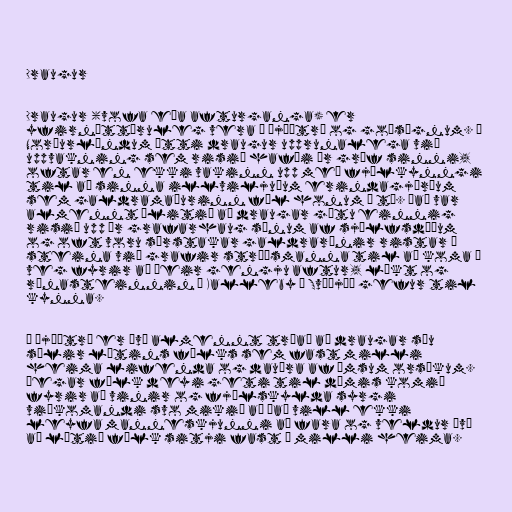
Draugur

Draugur (vofa eða afturganga) er
yfirnáttúruleg vera í þjóðtrú og goðsögnum. Á
Norðurlöndum átti draugur upprunalega við
uppvakning sem risið hafði úr gröf sinni,
oftar en ekki vakinn upp með fjölkynngi
til að sinna illviljuðum erindagjörðum
sem galdramaðurinn fól honum í té. Það var
almennt álitið að draugar gætu einnig
risið upp úr grafarhaug sínum af sjálfsdáðum
og oft voru sérstakar galdrarúnir ristar í
steina við grafir stríðsmanna til að koma í
veg fyrir að þeir gengju aftur, líkt og
rúnasteinnin í Kalleby í Svíþjóð gefur til
kynna.

Í þjóðtrú er því almennt trúað að draugar séu
sálir látins fólks sem fast milli
heima lifenda og dauðra af ýmsum orsökum.
Þegar fólk deyi geti til dæmis komið
fyrir að vinir og fjölskylda syrgi
viðkomandi svo mikið að það vill ekki
leyfa manneskjunni að fara og veldur því
að látið fólk sitji fast á milli heima.